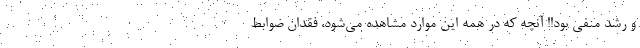
و رشد منفی بود!! آنچه که در همه این موارد مشاهده می‌شود، فقدان ضوابط